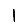
Digit: 1